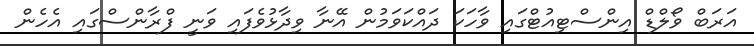
އަރަބް ވޯލްޑް އިންސްޓިއުޓްގައި ވާހަކަ ދައްކަވަމުން އޭނާ ވިދާޅުވެފައި ވަނީ ފްރާންސްގައި އެހެން